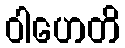
ဝါဟေတိ